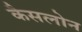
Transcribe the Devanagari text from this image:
कैसलोन